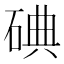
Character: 碘